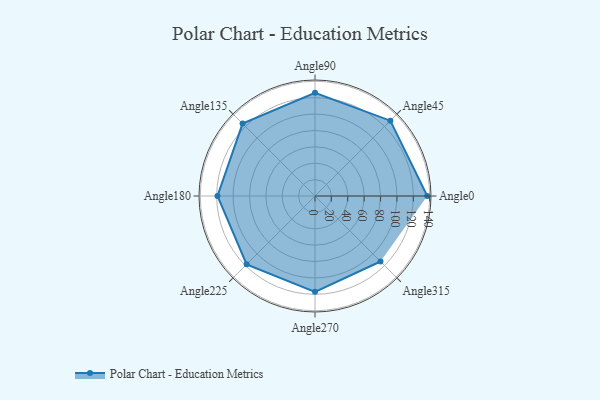
{"axis": {"x": "Angle", "y": "Radius"}, "legend": [""], "data": [{"x": "Angle0", "y": 137.0, "type": ""}, {"x": "Angle45", "y": 130.0, "type": ""}, {"x": "Angle90", "y": 126.0, "type": ""}, {"x": "Angle135", "y": 125.0, "type": ""}, {"x": "Angle180", "y": 119.0, "type": ""}, {"x": "Angle225", "y": 118.0, "type": ""}, {"x": "Angle270", "y": 117.0, "type": ""}, {"x": "Angle315", "y": 113.0, "type": ""}]}